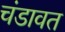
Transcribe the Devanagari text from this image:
चंडावत